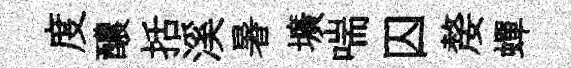
度醲括溪暑壙喘囚嫠蟬